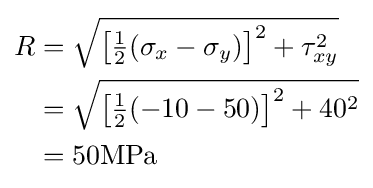
{\begin{aligned}R&={\sqrt {\left[{\tfrac {1}{2}}(\sigma _{x}-\sigma _{y})\right]^{2}+\tau _{xy}^{2}}}\\&={\sqrt {\left[{\tfrac {1}{2}}(-10-50)\right]^{2}+40^{2}}}\\&=50{\textrm {MPa}}\\\end{aligned}}